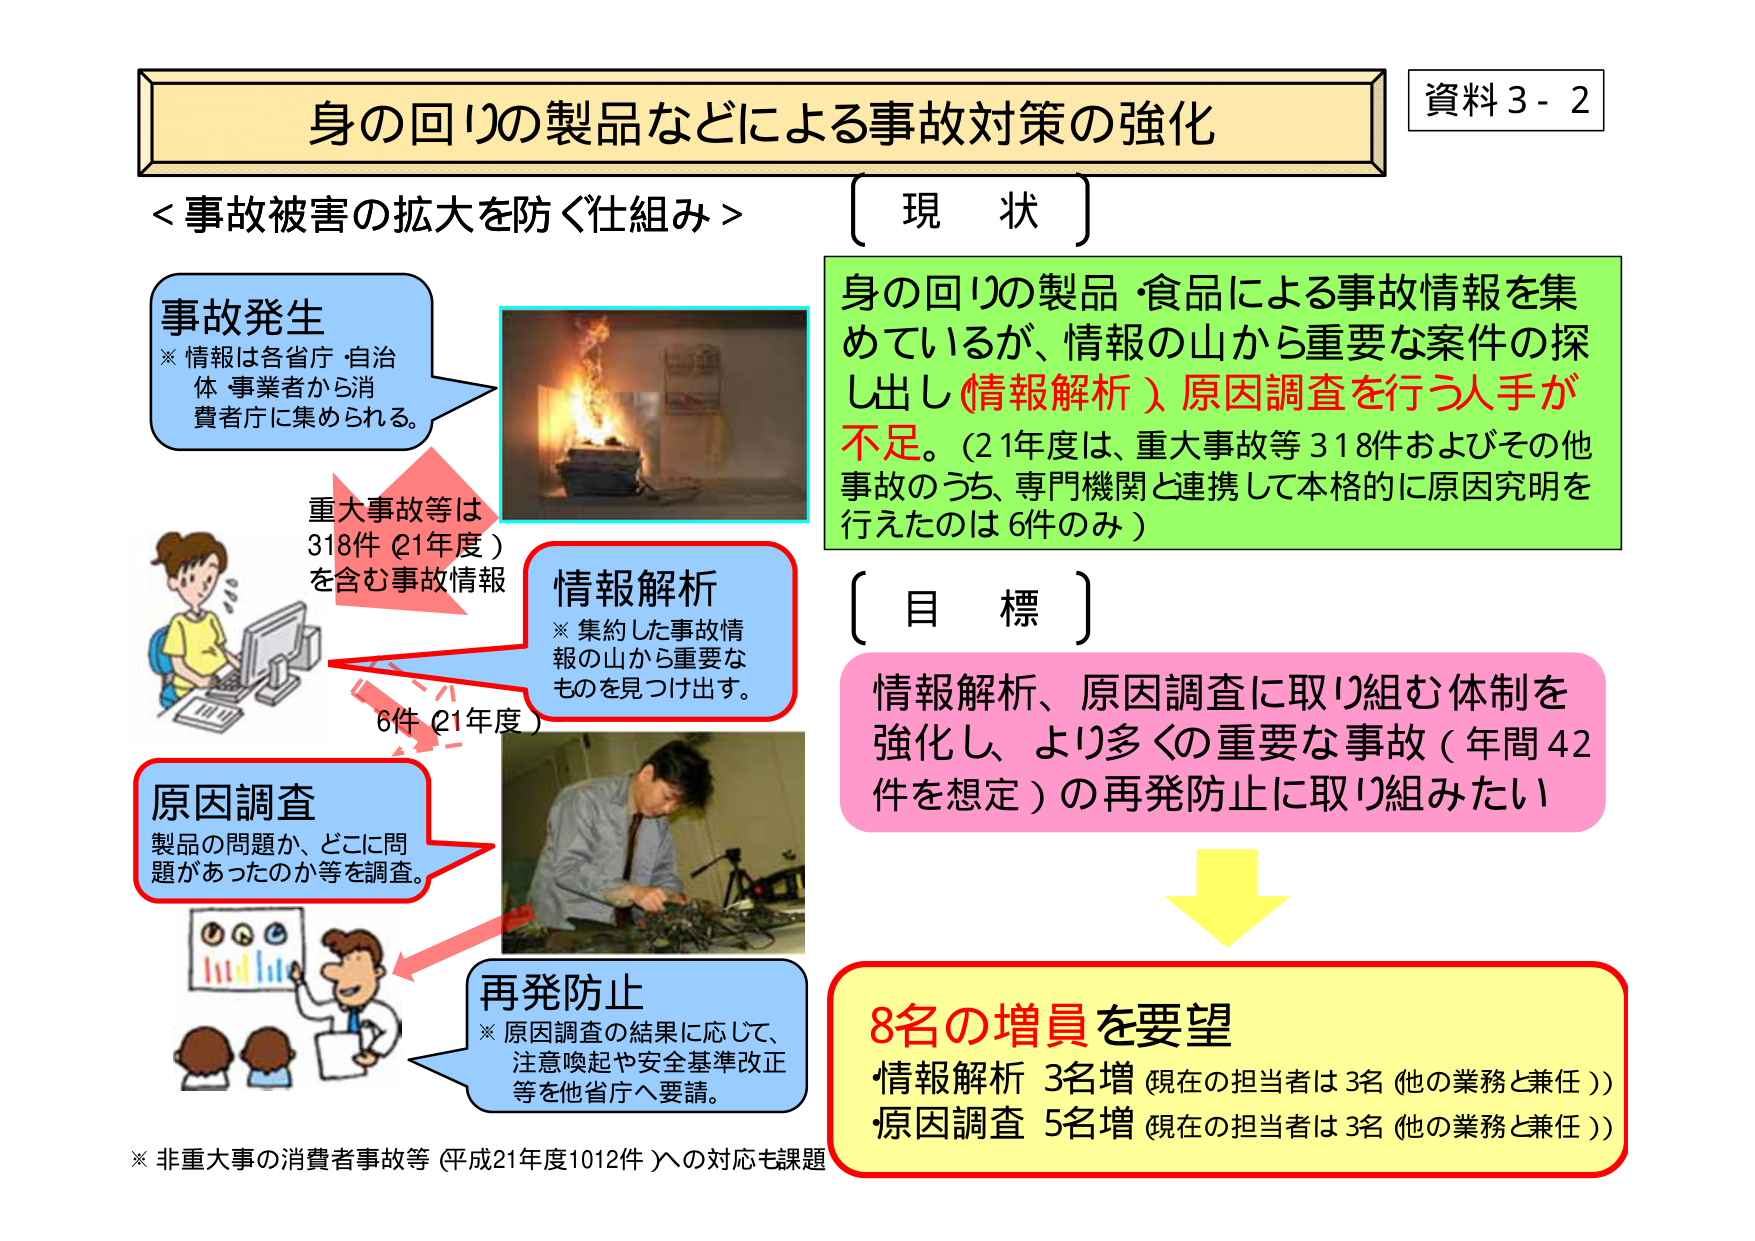
資料３－２
身の回りの製品などによる事故対策の強化

＜事故被害の拡大を防ぐ仕組み＞

事故発生
※ 情報は各省庁・自治体・事業者から消費者庁に集められる。

重大事故等は
318件（21年度）
を含む事故情報

情報解析
※ 集約した事故情報の山から重要なものを見つけ出す。

6件（21年度）

原因調査
製品の問題か、どこに問題があったのか等を調査。

再発防止
※ 原因調査の結果に応じて、注意喚起や安全基準改正等を他省庁へ要請。

※ 非重大事の消費者事故等（平成21年度1012件）への対応も課題

〔現 状〕
身の回りの製品・食品による事故情報を集めているが、情報の山から重要な案件の探し出し（情報解析）、原因調査を行う人手が不足。（21年度は、重大事故等318件およびその他事故のうち、専門機関と連携して本格的に原因究明を行えたのは6件のみ）

〔目 標〕
情報解析、原因調査に取り組む体制を強化し、より多くの重要な事故（年間42件を想定）の再発防止に取り組みたい

8名の増員を要望
・情報解析 3名増（現在の担当者は3名（他の業務と兼任））
・原因調査 5名増（現在の担当者は3名（他の業務と兼任））